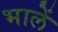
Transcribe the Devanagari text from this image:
भालें